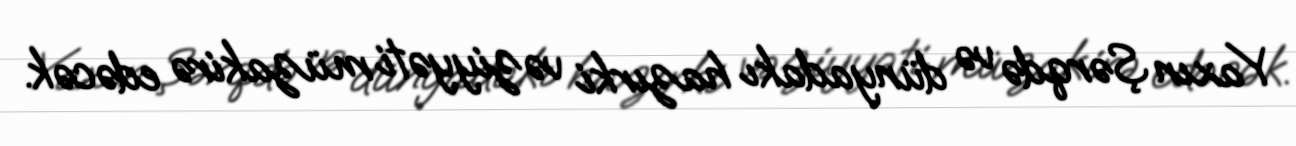
Yaxın Şərqdə və dünyadakı hazırki vəziyyəti müzakirə edəcək.